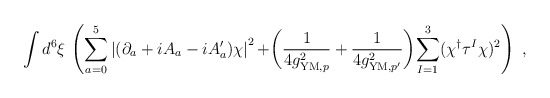
\begin{align*}\int d^6\xi\, \left( \sum_{a=0}^5 \left| (\partial_a + iA_a - i A'_a) \chi\right|^2 + \biggr(\frac{1}{4g_{{\rm YM},p}^2} + \frac{1}{4g_{{\rm YM},p'}^2} \biggl)\sum_{I=1}^3 (\chi^{\dagger}\tau^I\chi)^2 \right)\ ,\end{align*}